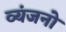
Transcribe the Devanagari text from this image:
व्‍यंजनो